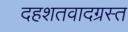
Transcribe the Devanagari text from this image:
दहशतवादग्रस्त